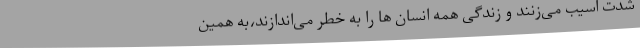
شدت آسیب می‌زنند و زندگی همه انسان ها را به خطر می‌اندازند،به همین